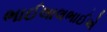
ભાઈલાલભાઈએ